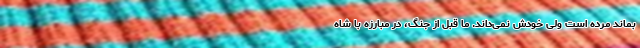
بماند مرده است ولی خودش نمی‌داند. ما قبل از جنگ، در مبارزه با شاه